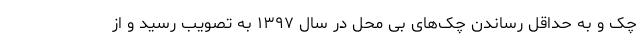
چک و به حداقل رساندن چک‌های بی محل در سال ۱۳۹۷ به تصویب رسید و از